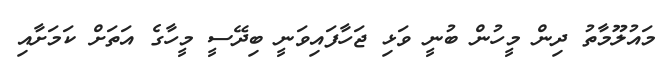
މައުލޫމާތު ދިން މީހުން ބުނީ ވަޅި ޖަހާފައިވަނީ ބިދޭސީ މީހާގެ އަތަށް ކަމަށާއި